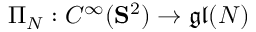
\Pi _ { N } : C ^ { \infty } ( \mathbf { S } ^ { 2 } ) \to \mathfrak { g l } ( N )